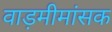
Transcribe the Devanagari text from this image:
वाड़मीमांसक